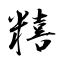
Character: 糦